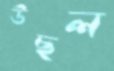
উছল